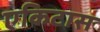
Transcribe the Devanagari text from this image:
एकिटास